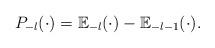
LaTeX: \begin{align*}P_{-l}(\cdot)={\mathbb{E}}_{-l}(\cdot)-{\mathbb{E}}_{-l-1}(\cdot).\end{align*}